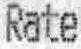
RATE